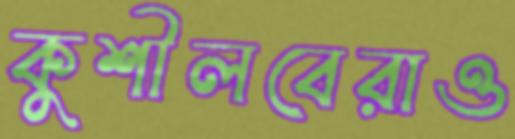
কুশীলবেরাও